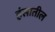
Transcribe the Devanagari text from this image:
हंसातील